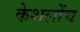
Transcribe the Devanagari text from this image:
केशलोंच